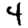
Digit: 4